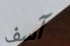
آسف